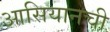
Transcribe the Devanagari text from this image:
आसियानची